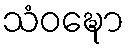
သံဝဍ္ဎော